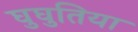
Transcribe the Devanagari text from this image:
घुघुतिया